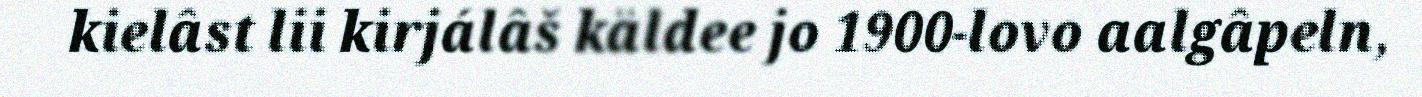
kielâst lii kirjálâš käldee jo 1900-lovo aalgâpeln,